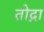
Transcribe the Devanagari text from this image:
तोद्ना